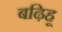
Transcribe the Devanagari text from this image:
बढ़िहू